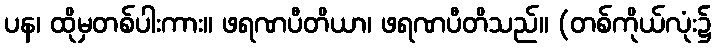
ပန၊ ထိုမှတစ်ပါးကား။ ဖရဏပီတိယာ၊ ဖရဏပီတိသည်။ (တစ်ကိုယ်လုံး၌